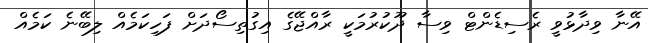
އޭނާ ވިދާޅުވީ ރެސިޑެންޓް ވިސާ ދޫކުރުމަކީ ރާއްޖޭގެ އިގުތިސޯދަށް ފަހިކަމެއް ލިބޭނެ ކަމެއް